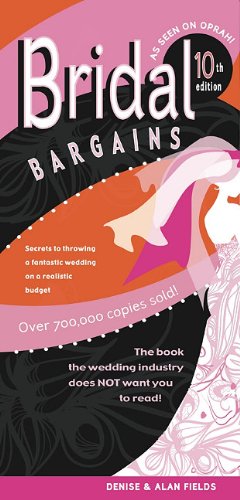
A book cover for Bridal Bargains: Secrets to Throwing A Fantastic Wedding On A Realistic Budget; Denise Fields; Crafts, Hobbies & Home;